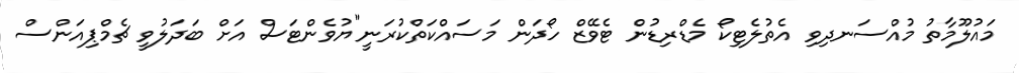
މައުލޫމާތު މުއްސަނދިވި އެތުލެޓިކޯ މެޑްރިޑުން ޓެވޭޒް ހޯދަން މަސައްކަތްކުރަނީ"ޔުވެންޓަސް އަށް ބަދަލުވީ ޗެމްޕިއަންސް